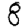
Digit: 8